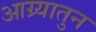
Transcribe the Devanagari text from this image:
आग्र्यातुन